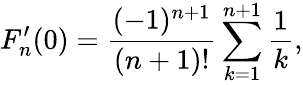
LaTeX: F_{n}^{\prime}(0)=\frac{(-1)^{n+1}}{(n+1)!}\sum_{k=1}^{n+1}\frac 1k,